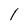
Character: I